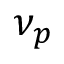
\nu _ { p }